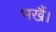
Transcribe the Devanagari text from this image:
भखैं।